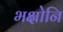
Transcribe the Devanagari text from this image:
भक्षोनि